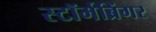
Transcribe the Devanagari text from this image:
स्टॉर्मब्रिंगर